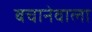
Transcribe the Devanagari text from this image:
बचानेवाला